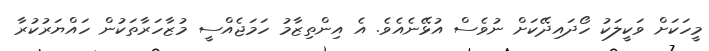
މީހަކަށް ވަކީލަކު ހޯދައިދޭކަށް ނުވެސް އުޅޭނެއެވެ. އެ އިންތިޒާމު ހަމަޖެއްސީ މުޒާހަރާތަކުން ހައްޔަރުކުރާ